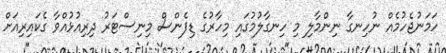
ހަމަނުޖެހުމެއް ނުހިނގާ ނިންމާލި މި ހިނގާލުމުގައި މިހާރުގެ ޑިފެންސް މިނިސްޓަރު ދިރިއުޅުއްވާ ގެކައިރިއަށް